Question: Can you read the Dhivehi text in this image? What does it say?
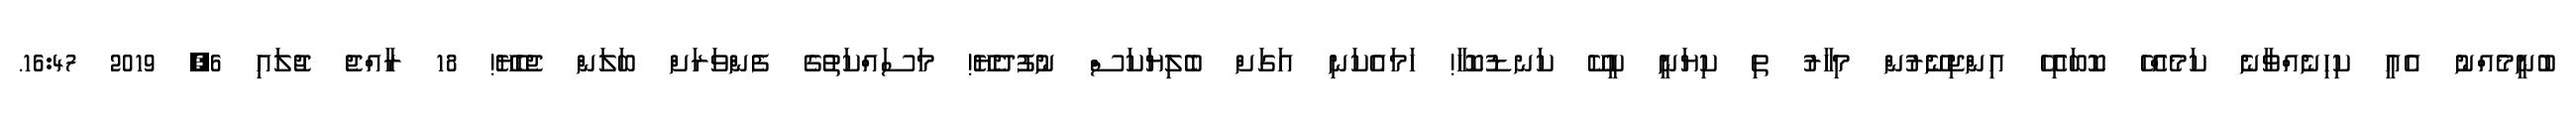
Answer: ބުނީމެއްނު އެއީ ކިހިނެއްވާނެ ކަމެއްހޭ ކޮބައިހޭ އިންޖިނޭރުން މިހާރު ތި ކިޔަނީ ކީކޭ ކަނޑުކޮހާ! ހަމައެކަނި އަގަށް ބެލިޔަކަސް ނުފުދެޔޭ! މަސައްކަތުގެ ފެންވަރަށް ބަލަން ޖެހެޔޭ! 18 ރާއްޖެ ޖުލައި 6, 2019 16:47.